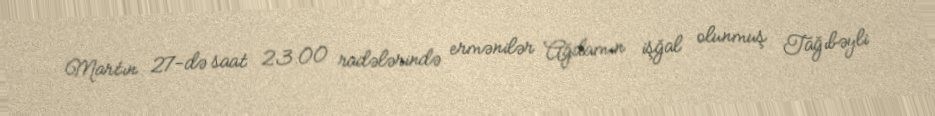
Martın 27-də saat 23:00 radələrində ermənilər Ağdamın işğal olunmuş Tağıbəyli